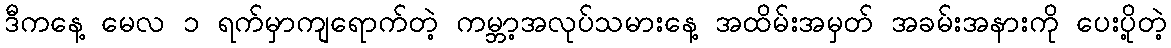
ဒီကနေ့ မေလ ၁ ရက်မှာကျရောက်တဲ့ ကမ္ဘာ့အလုပ်သမားနေ့ အထိမ်းအမှတ် အခမ်းအနားကို ပေးပို့တဲ့